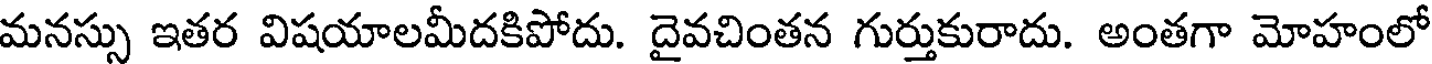
మనస్సు ఇతర విషయాలమీదకిపోదు. దైవచింతన గుర్తుకురాదు. అంతగా మోహంలో